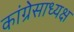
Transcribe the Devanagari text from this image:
कांग्रेसाध्यक्ष